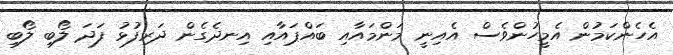
އެހެންކަމުން އެމީހުންވެސް އެއިނީ މަންމައާއި ބައްޕައާއި އިނދެގެން ދަރިފުޅު ފަދަ ލޯބި ލޯބި